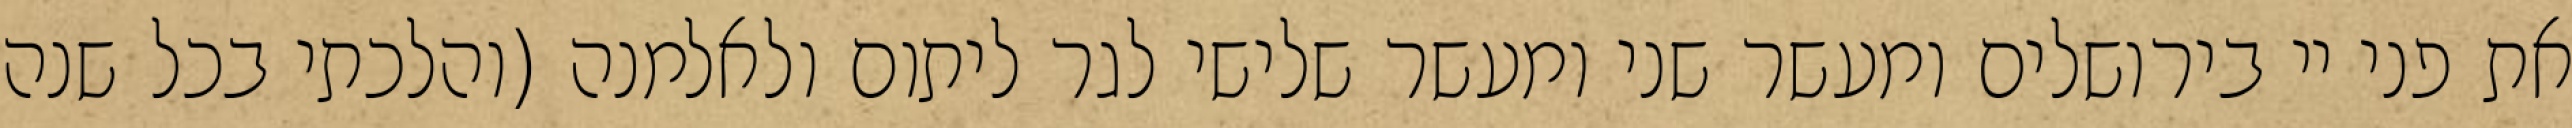
את פני יי בירושלים ומעשר שני ומעשר שלישי לגר ליתום ולאלמנה (והלכתי בכל שנה